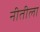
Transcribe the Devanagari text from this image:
नीतीला